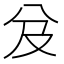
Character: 𠬬